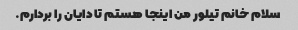
سلام خانم تیلور من اینجا هستم تا دایان را بردارم.